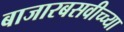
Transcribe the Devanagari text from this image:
बाजारबसवीच्च्या